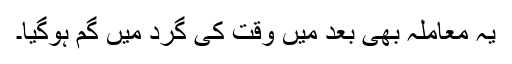
یہ معاملہ بھی بعد میں وقت کی گرد میں گم ہوگیا۔